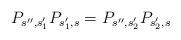
LaTeX: \begin{align*}P_{s'',s'_1} P_{s'_1,s} = P_{s'',s'_2} P_{s'_2,s}\end{align*}